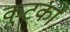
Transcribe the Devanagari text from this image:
कूटकों